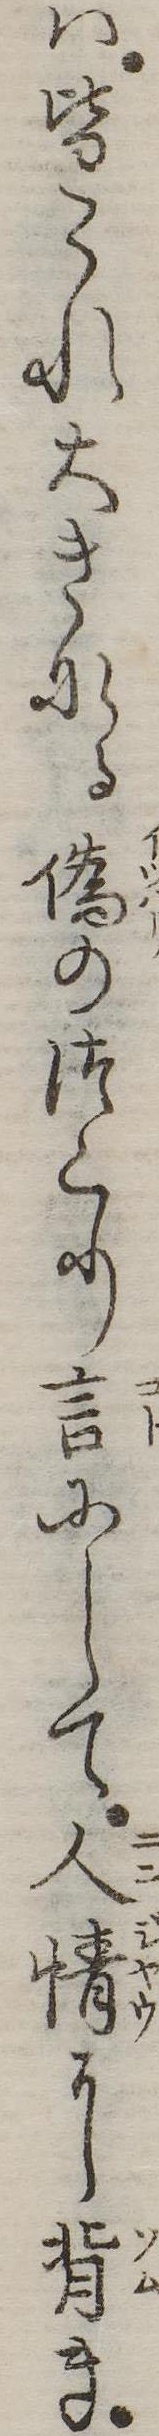
は皆これ大きなる偽のつくり言にして人情に背き